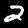
Digit: 2